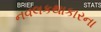
નવલકથાકારના